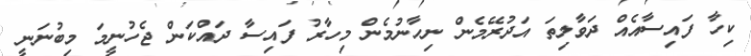
ކިހާ ފައިސާއެއް ދަވާލިތަ އަދުރޭމެން ނިހާނުމެން މިހާރު ފައިސާ ދައްކަން ޖެހުނީމަ މިބުނަނީ